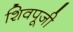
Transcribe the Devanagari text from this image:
शिवपूजी